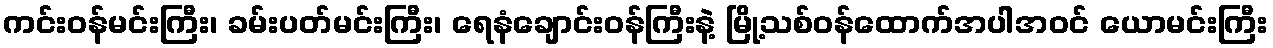
ကင်းဝန်မင်းကြီး၊ ခမ်းပတ်မင်းကြီး၊ ရေနံချောင်းဝန်ကြီးနဲ့ မြို့သစ်ဝန်ထောက်အပါအဝင် ယောမင်းကြီး